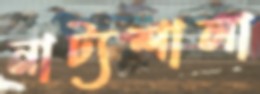
নাট্যশালা